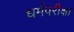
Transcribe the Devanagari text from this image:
धर्मपरीक्षा